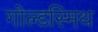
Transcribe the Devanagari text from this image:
गोल्‍डस्‍मिथ